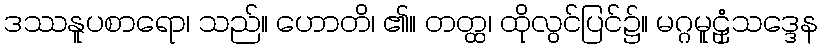
ဒဿနူပစာရော၊ သည်။ ဟောတိ၊ ၏။ တတ္ထ၊ ထိုလွင်ပြင်၌။ မဂ္ဂမူဠှံသဒ္ဒေန